Jarvakandi_vallavalitsus, lk 2
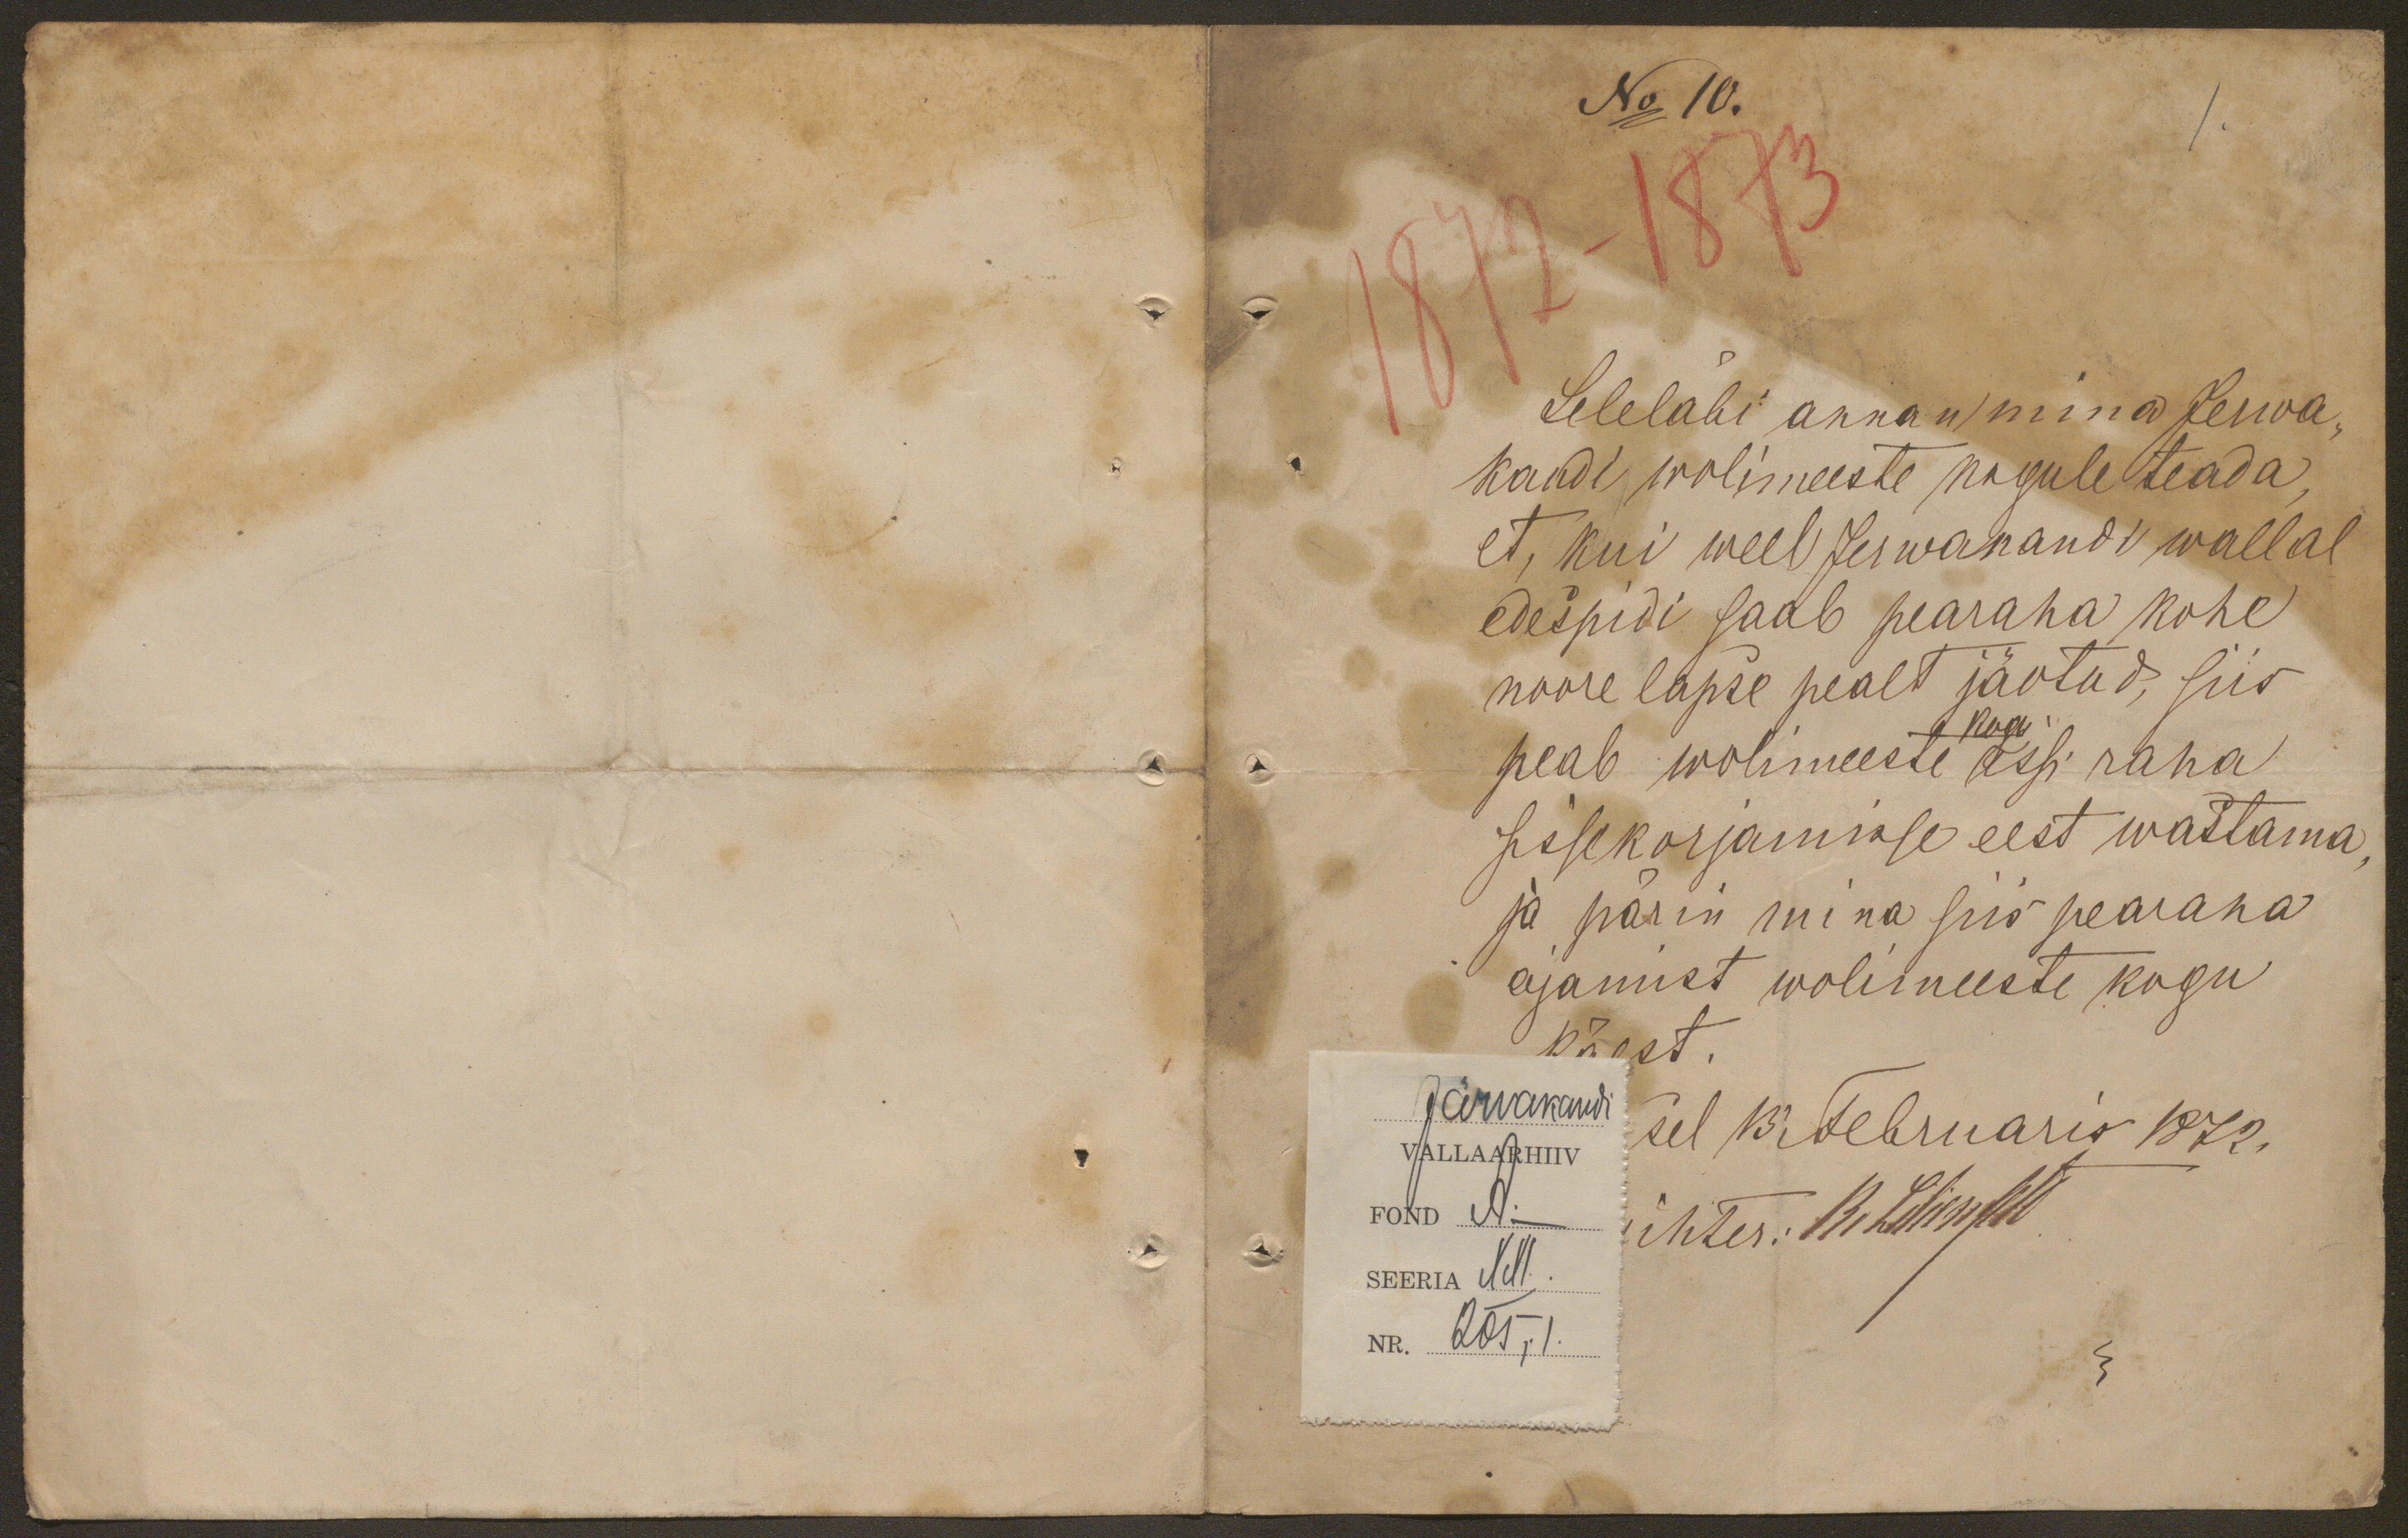
No 10.
Seleläbi annan mina Jerwa
kandi wolimeeste kogule teada,
et, kui weel Jerwakandi wallal
edespidi saab pearaha kahe
noore lapse pealt jäotud, siis
kogu
peab wolimeeste Essi raha
sissekorjamise eest wastama
ja pärin mina siis pearaha
ajamist wolimeeste kogu
Käest.
Järvakandi
sel 13 Februaris 1872.
VALLAARHIIV
Fond A.
ihter: R. Lilikfeld
SEERIA
XXI.
NR
205,I.